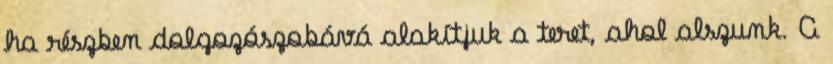
ha részben dolgozószobává alakítjuk a teret, ahol alszunk. A